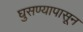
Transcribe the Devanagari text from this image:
घुसण्यापासून